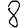
Digit: 8